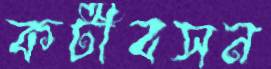
কটীবসন